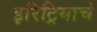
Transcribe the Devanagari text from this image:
इरिट्रियाचे